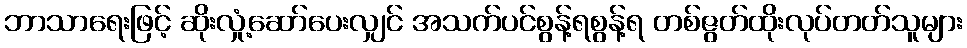
ဘာသာရေးဖြင့် ဆိုးလှုံ့ဆော်ပေးလျှင် အသက်ပင်စွန့်ရစွန့်ရ တစ်ဇွတ်ထိုးလုပ်တတ်သူများ